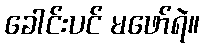
ခေါင်းပင် မဖော်ရဲ။